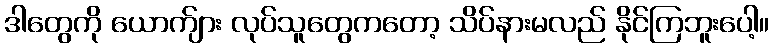
ဒါတွေကို ယောက်ျား လုပ်သူတွေကတော့ သိပ်နားမလည် နိုင်ကြဘူးပေါ့။